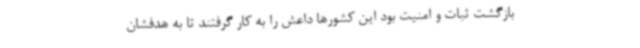
بازگشت ثبات و امنیت بود این کشورها داعش را به کار گرفتند تا به هدفشان